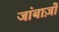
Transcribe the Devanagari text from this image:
जांबाज़ों